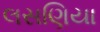
લસણિયા